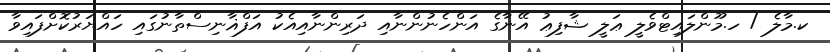
ކ.މާލެ / ހ.މޫންލައިޓްވެލީ ޢަލީ ޝާފިޢު އޭނާގެ އަންހެނުންނާއި ދަރިންނާއިއެކު އަފްޣާނިސްތާނުގައި ހައްޔަރުކޮށްފައިވާ